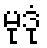
မုဒုံ